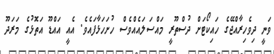
ވަނީ ދިވެހިރާއްޖޭގެ ހައިކޯޓަށް ދުސްތޫރީ މައްސަލައެއްވެސް ހުށަހަޅާފައެވެ. އެއީ އައްޑޫ އަތޮޅުގެ މަރަދޫ